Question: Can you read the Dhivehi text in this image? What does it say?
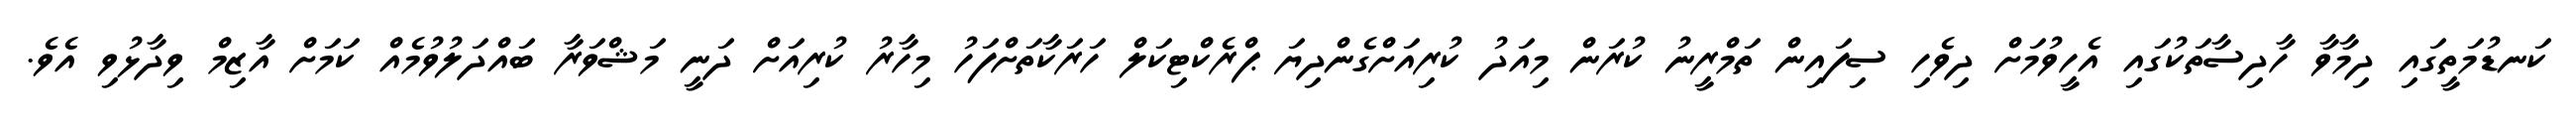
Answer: ކަނޑުމަތީގައި ދިމާވާ ހާދިސާތަކުގައި އެހީވުމަށް ދިވެހި ސިފައިން ތަމްރީނު ކުރަން މިއަދު ކުރިއަށްގެންދިޔަ ޕްރެކްޓިކަލް ހަރަކާތަށްފަހު މިހާރު ކުރިއަށް ދަނީ މަޝްވަރާ ބައްދަލުވުމެއް ކަމަށް އާޒިމް ވިދާޅުވި އެވެ.